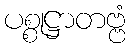
ပစ္စုဋ္ဌာတဗ္ဗံ